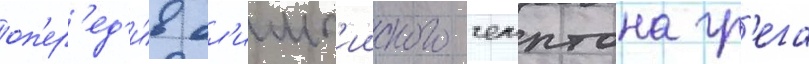
оп'ер'ед'и́в ол'имп'ииского чемптона гр'ега